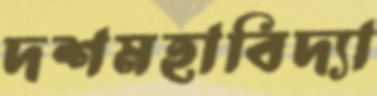
দশমহাবিদ্যা